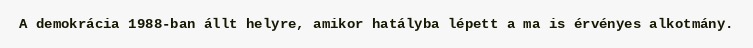
A demokrácia 1988-ban állt helyre, amikor hatályba lépett a ma is érvényes alkotmány.